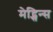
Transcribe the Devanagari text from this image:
मेद्सिन्स